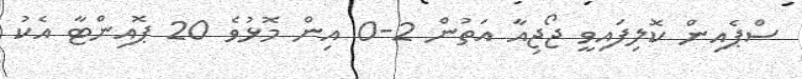
ސްޕެއިން ކޮލިފައިވީ ޖޯޖިއާ އަތުން 2-0 އިން މޮޅުވެ 20 ޕޮއިންޓާ އެކު